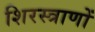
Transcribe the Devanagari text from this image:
शिरस्त्राणों